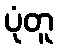
ပုံတူ